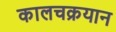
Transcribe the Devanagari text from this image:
कालचक्रयान